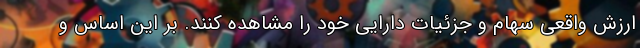
ارزش واقعی سهام و جزئیات دارایی خود را مشاهده کنند. بر این اساس و